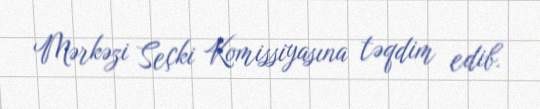
Mərkəzi Seçki Komissiyasına təqdim edib.